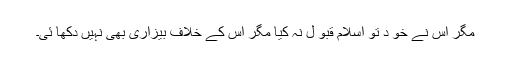
مگر اس نے خو د تو اسلام قبو ل نہ کیا مگر اس کے خلاف بیزاری بھی نہیں دکھا ئی۔